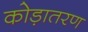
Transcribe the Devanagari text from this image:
कोड़ातरण